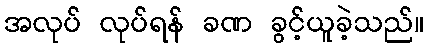
အလုပ် လုပ်ရန် ခဏ ခွင့်ယူခဲ့သည်။